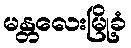
မန္တလေးမြို့ခံ